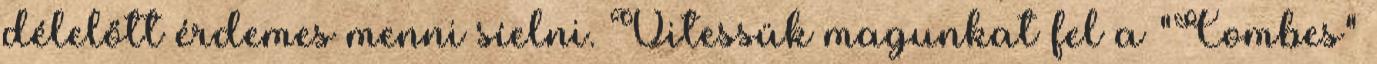
délelőtt érdemes menni síelni. Vitessük magunkat fel a "Combes"